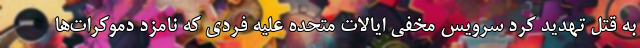
به قتل تهدید کرد سرویس مخفی ایالات متحده علیه فردی که نامزد دموکرات‌ها